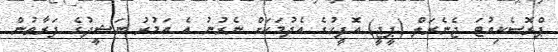
ޕްރޮސެކިއުޓަ ޖެނެރަލް (ޕީޖީ) އޮފީހުުގެ އެދުމަކަށް ނެރުނު އެ އަމުރު ނަޝީދުގެ ފަރާތުން